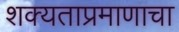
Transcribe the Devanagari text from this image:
शक्यताप्रमाणाचा